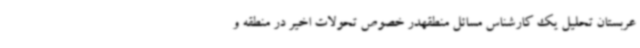
عربستان تحلیل یک کارشناس مسائل منطقهدر خصوص تحولات اخیر در منطقه و